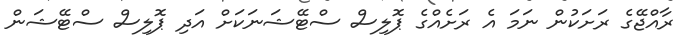
ރާއްޖޭގެ ރަށަކުން ނަމަ އެ ރަށެއްގެ ޕޮލިސް ސްޓޭޝަނަކަށް އަދި ޕޮލިސް ސްޓޭޝަން